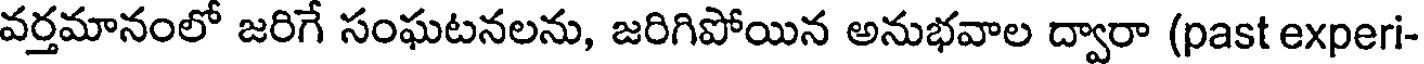
వర్తమానంలో జరిగే సంఘటనలను, జరిగిపోయిన అనుభవాల ద్వారా (past experi-